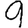
Digit: 9